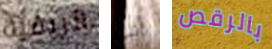
الريفية أنت بالرقص